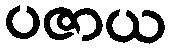
ပဇာယ